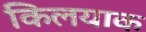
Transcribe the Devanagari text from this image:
किलयाक